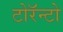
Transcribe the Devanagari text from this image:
टोरॅन्टो